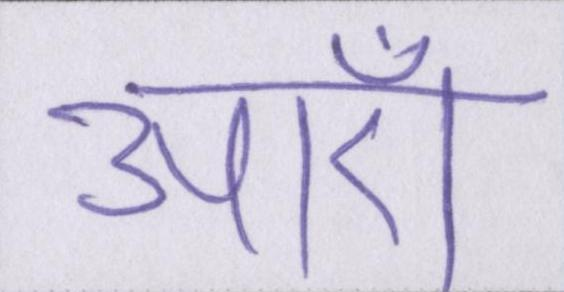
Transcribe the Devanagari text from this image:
आएँ